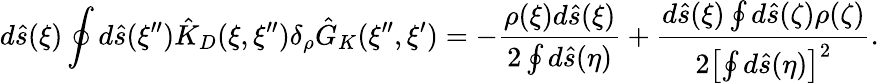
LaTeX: d\hat{s}(\xi)\oint{d}\hat{s}(\xi^{\prime\prime}){\hat{K}_{D}}(\xi,\xi^{\prime\prime}){\delta_{\rho}}{\hat{G}_{K}}(\xi^{\prime\prime},\xi^{\prime})=-{\frac{\rho(\xi)d\hat{s}(\xi)}{2\oint{d}\hat{s}(\eta)}}+{\frac{d\hat{s}(\xi)\oint{d}\hat{s}(\zeta)\rho(\zeta)}{2{{\left[\oint{d}\hat{s}(\eta)\right]}^{2}}}}.